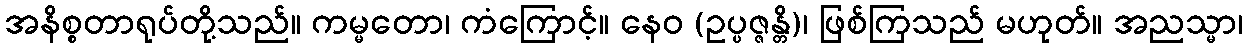
အနိစ္စတာရုပ်တို့သည်။ ကမ္မတော၊ ကံကြောင့်။ နေဝ (ဥပ္ပဇ္ဇန္တိ)၊ ဖြစ်ကြသည် မဟုတ်။ အညသ္မာ၊